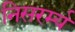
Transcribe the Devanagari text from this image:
निसरर्म्य